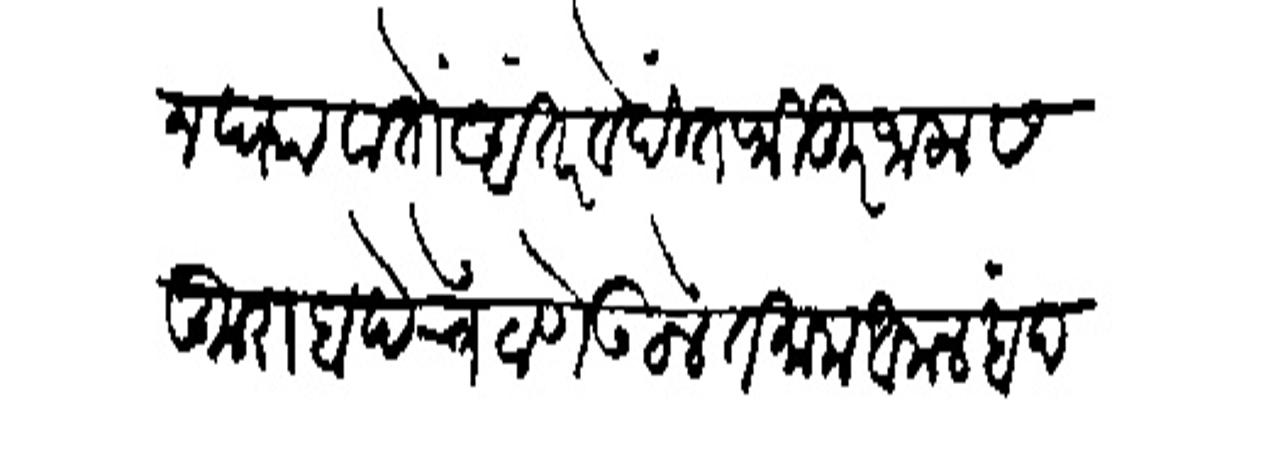
Transliteration (Devanagari): करून ध्यावा तों अंतरवेदीत फितूर जाला सकुराबादेचें ठाणे उठलें तमाम आमल बंद